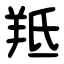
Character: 羝